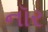
નૉર